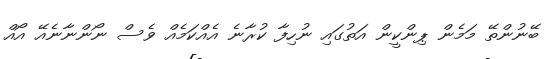
ބޭނުންތޭ މަމެން ޕިންކީން އަތުގައި ނުހިފާ ކުރާނެ އެއްކަމެއް ވެސް ނޯންނާނެއޭ އޯއް